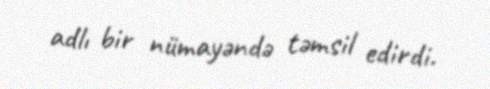
adlı bir nümayəndə təmsil edirdi.